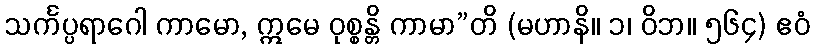
သင်္ကပ္ပရာဂေါ ကာမော, ဣမေ ဝုစ္စန္တိ ကာမာ”တိ (မဟာနိ။ ၁၊ ဝိဘ။ ၅၆၄) ဧဝံ